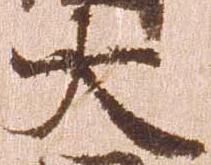
大